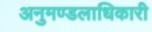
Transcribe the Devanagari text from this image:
अनुमण्डलाधिकारी